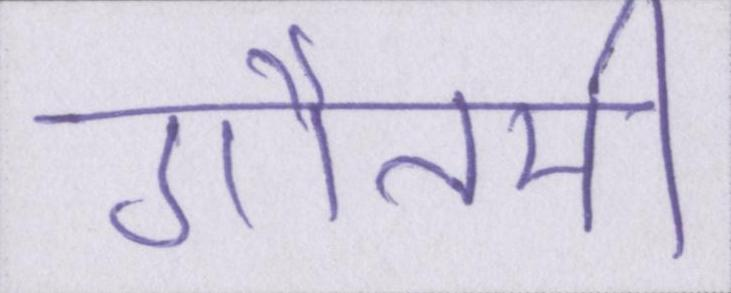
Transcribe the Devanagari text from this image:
गौतमी